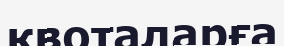
квоталарға